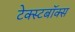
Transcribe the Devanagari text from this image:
टेक्स्टबॉक्स